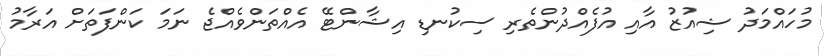
މުހައްމަދު ޝިއުޒު އާއި އުފެއްދުންތެރި ސިކުނޑި އިޝާންޓޭ އެއްތަންވެއްޖެ ނަމަ ކަންފަތަށް އަރާމު